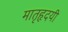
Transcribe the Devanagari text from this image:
मातृहृदयी